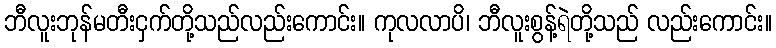
ဘီလူးဘုန်မတီးငှက်တို့သည်လည်းကောင်း။ ကုလလာပိ၊ ဘီလူးစွန့်ရဲတို့သည် လည်းကောင်း။